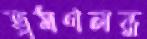
ভ্রমণলব্ধ